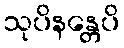
သုပိနန္တေပိ